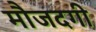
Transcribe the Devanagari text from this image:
मौजदगी